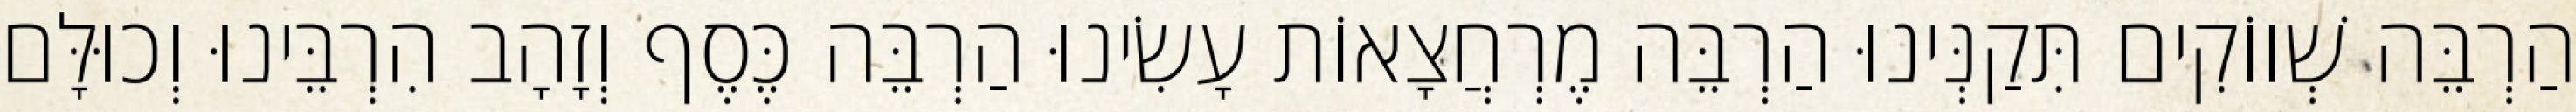
הַרְבֵּה שְׁווֹקִים תִּקַנְּינוּ הַרְבֵּה מֶרְחֲצָאוֹת עָשִׂינוּ הַרְבֵּה כֶּסֶף וְזָהָב הִרְבֵּינוּ וְכוּלָּם